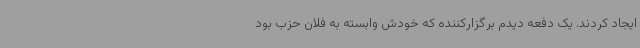
ایجاد کردند. یک دفعه دیدم برگزارکننده که خودش وابسته به فلان حزب بود